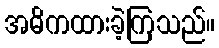
အဓိကထားခဲ့ကြသည်။